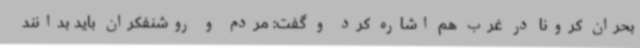
بحران کرونا در غرب هم اشاره کرد و گفت: ‌مردم و روشنفکران باید بدانند